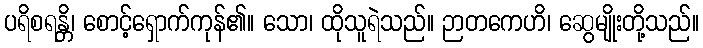
ပရိစရန္တိ၊ စောင့်ရှောက်ကုန်၏။ သော၊ ထိုသူရဲသည်။ ဉာတကေဟိ၊ ဆွေမျိုးတို့သည်။